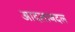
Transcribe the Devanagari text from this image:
आदलाबदल